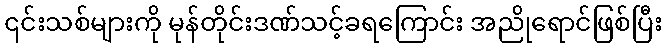
၎င်းသစ်များကို မုန်တိုင်းဒဏ်သင့်ခရကြောင်း အညိုရောင်ဖြစ်ပြီး